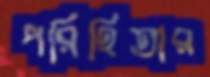
পরিহিতার